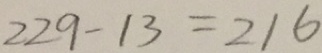
2 2 9 - 1 3 = 2 1 6